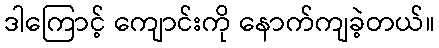
ဒါကြောင့် ကျောင်းကို နောက်ကျခဲ့တယ်။